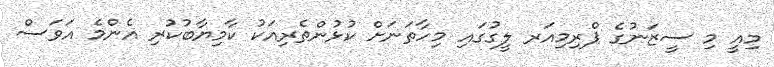
މިއީ މި ސީޒަނުގެ ޕްރިމިއަރ ލީގުގައި މިހާތަނަށް ކުޅުންތެރިއަކު ކާމިޔާބުކުރި އެންމެ އަވަސް